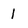
Character: 1